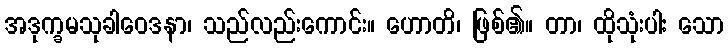
အဒုက္ခမသုခါဝေဒနာ၊ သည်လည်းကောင်း။ ဟောတိ၊ ဖြစ်၏။ တာ၊ ထိုသုံးပါး သော